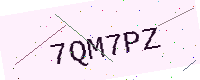
Text: 7QM7PZ